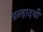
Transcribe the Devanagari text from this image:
प्रल्हादची